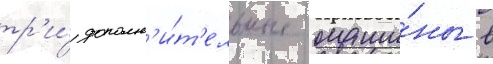
тр'и́ дополн'и́т'ельные маши́ны в